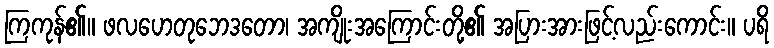
ကြကုန်၏။ ဖလဟေတုဘေဒတော၊ အကျိုးအကြောင်းတို့၏ အပြားအားဖြင့်လည်းကောင်း။ ပရိ